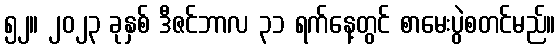
၅၂။ ၂၀၂၃ ခုနှစ် ဒီဇင်ဘာလ ၃၁ ရက်နေ့တွင် စာမေးပွဲစတင်မည်။